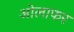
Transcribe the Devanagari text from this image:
ओलाफर